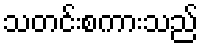
သတင်းစကားသည်